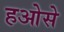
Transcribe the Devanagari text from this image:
हओसे